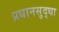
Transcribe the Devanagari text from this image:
प्रधानसुद्धा